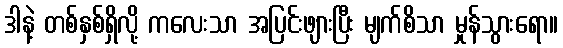
ဒါနဲ့ တစ်နှစ်ရှိလို့ ကလေးသာ အပြင်းဖျားပြီး မျက်စိသာ မှုန်သွားရော။